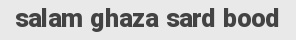
salam ghaza sard bood